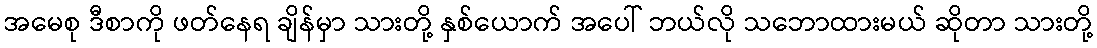
အမေစု ဒီစာကို ဖတ်နေရ ချိန်မှာ သားတို့ နှစ်ယောက် အပေါ် ဘယ်လို သဘောထားမယ် ဆိုတာ သားတို့